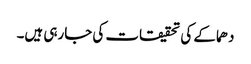
دھماکے کی تحقیقات کی جارہی ہیں۔